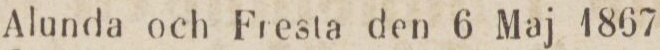
Alunda och Fresta den 6 Maj 1867.